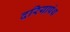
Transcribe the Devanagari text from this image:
दरियापंथ